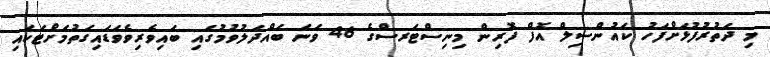
މި ދަތުރުފުޅަށްފަހު ކައުންސިލް އޮފް ފޮރިން މިނިސްޓަރސްގެ 46 ވަނަ ބައްދަލުވުމުގައި ބައިވެރިވެވަޑައިގަތުމަށްޓަކައި